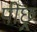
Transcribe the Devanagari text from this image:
पीछ्र